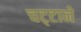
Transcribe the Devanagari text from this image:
चट्‍टानें